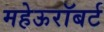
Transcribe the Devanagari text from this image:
महेऊरॉबर्ट